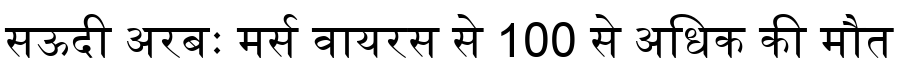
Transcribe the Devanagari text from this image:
सऊदी अरबः मर्स वायरस से 100 से अधिक की मौत